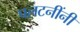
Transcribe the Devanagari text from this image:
पलटनींनी